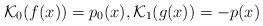
LaTeX: \begin{align*} \mathcal{K}_0(f(x))=p_0(x), \mathcal{K}_1(g(x))=-p(x)\end{align*}